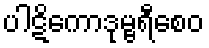
ပါဋိကောဒုမ္ဗရီစေဝ